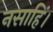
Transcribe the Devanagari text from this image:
नसाहिं।